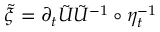
{ \tilde { \xi } = \partial _ { t } { \tilde { U } } \tilde { U } ^ { - 1 } \circ \eta _ { t } ^ { - 1 } }